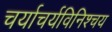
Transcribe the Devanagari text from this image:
चर्याचर्यविनिश्चय